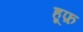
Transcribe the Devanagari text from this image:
हूफ़